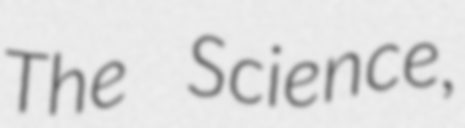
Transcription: The Science,